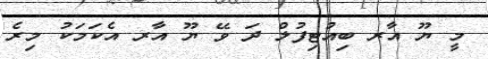
މީ ޔޫ އާރ ބިއުޓިފުލް ދަ ވޭ ޔޫ އާރ އެކަމަކު މިރެ